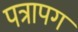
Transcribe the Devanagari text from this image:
पत्रापग